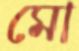
মো